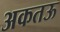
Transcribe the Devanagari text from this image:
अकतऊ